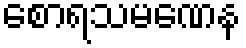
စောရသမဏေန